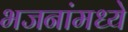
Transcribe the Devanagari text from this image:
भजनांमध्ये